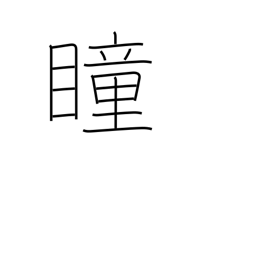
Meaning: pupil (of eye)